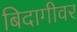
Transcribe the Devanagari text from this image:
बिदागीवर